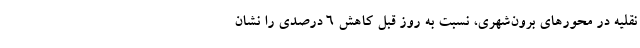
نقلیه در محورهای برون‌شهری، نسبت به روز قبل کاهش 6 درصدی را نشان